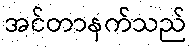
အင်တာနက်သည်